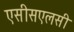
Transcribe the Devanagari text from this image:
एसीसएलसी